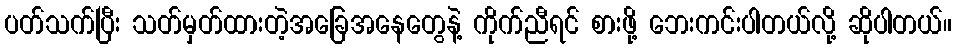
ပတ်သက်ပြီး သတ်မှတ်ထားတဲ့အခြေအနေတွေနဲ့ ကိုက်ညီရင် စားဖို့ ဘေးကင်းပါတယ်လို့ ဆိုပါတယ်။